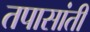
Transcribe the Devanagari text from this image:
तपासांती